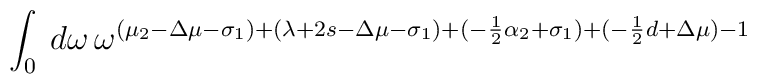
\int_0 \: d\omega \,\omega^{(\mu_2-\Delta\mu-\sigma_1) + (\lambda +2s-\Delta\mu-\sigma_1)+(-\frac{1}{2}\alpha_2+\sigma_1)+(-\frac{1}{2}d+\Delta\mu)-1}